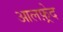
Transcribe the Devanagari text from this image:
आलफ़्रेद